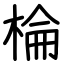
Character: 棆